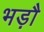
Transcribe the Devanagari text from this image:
भड़ौ